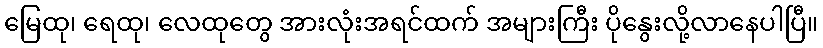
မြေထု၊ ရေထု၊ လေထုတွေ အားလုံးအရင်ထက် အများကြီး ပိုနွေးလို့လာနေပါပြီ။